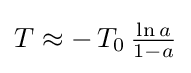
{\textstyle T\approx -\,T_{0}\,{\frac {\ln {a}}{1-a}}}